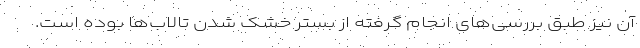
آن نیز طبق بررسی‌های انجام گرفته از بستر خشک شدن تالاب‌ها بوده است.